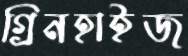
গ্রিনহাইজ